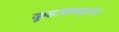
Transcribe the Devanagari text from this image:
कुडाळमधूनच